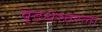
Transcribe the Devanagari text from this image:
वृद्धेश्‍वरला